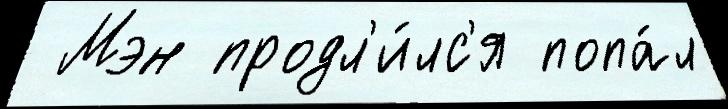
 Мэн продл'и́лс'я попа́л